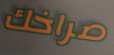
صراخك